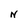
Character: N